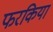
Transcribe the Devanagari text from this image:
फरकिया